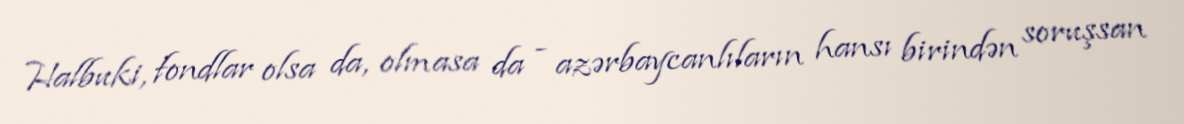
Halbuki, fondlar olsa da, olmasa da - azərbaycanlıların hansı birindən soruşsan